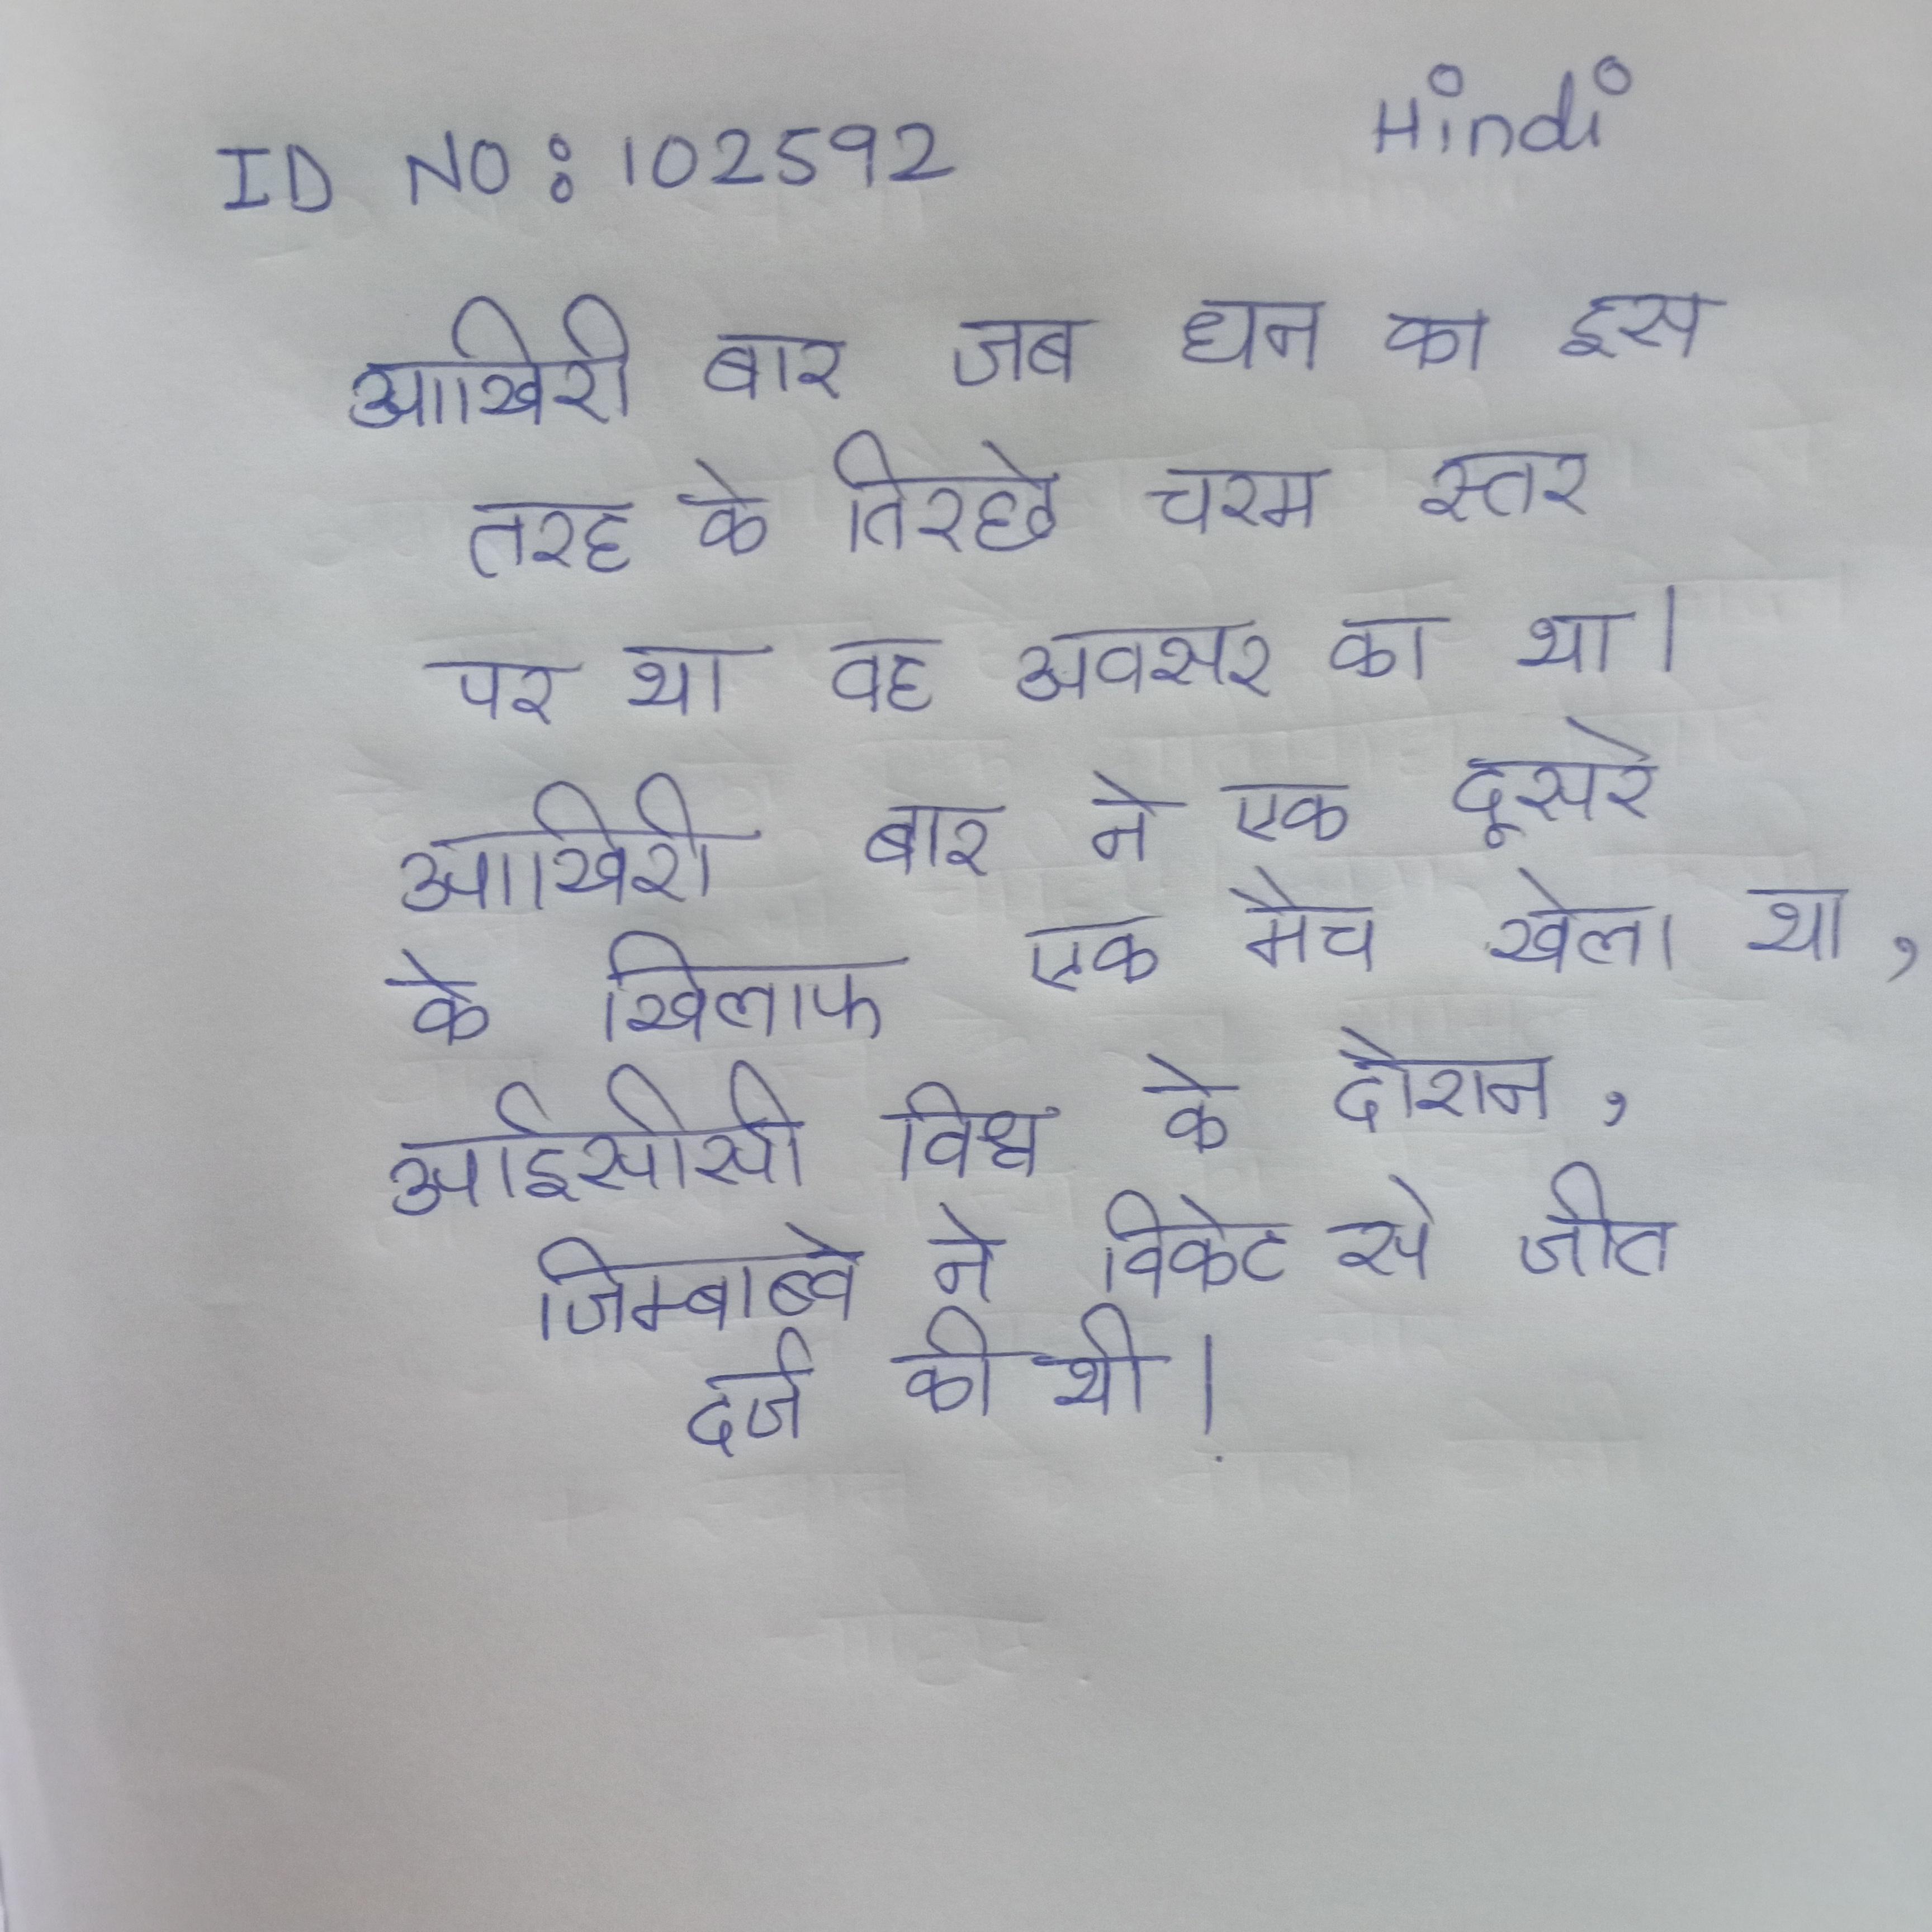
आखिरी बार जब धन का इस तरह के तिरछे चरम स्तर पर था वह अवसर का था । आखिरी बार ने एक दूसरे के खिलाफ एक मैच खेला था, आईसीसी विश्व के दौरान, जिम्बाब्वे ने विकेट से जीत दर्ज की थी ।